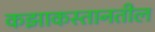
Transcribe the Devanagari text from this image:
कझाकस्तानतील